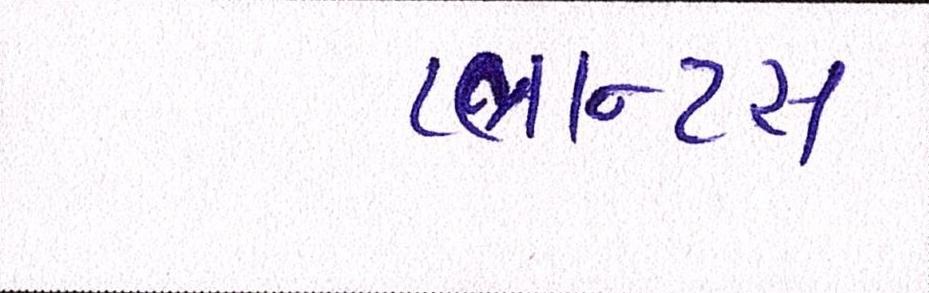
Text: પ્લાન્ટસ